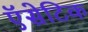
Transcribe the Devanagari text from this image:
ऍसेटिक